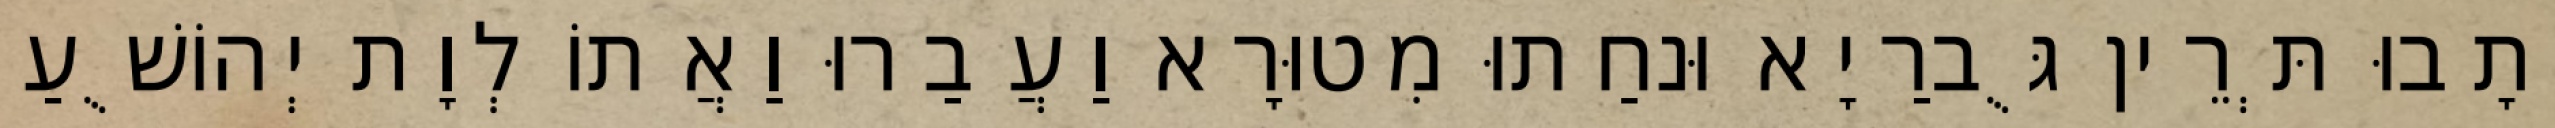
וְתָבוּ תְּרֵין גֻּברַיָא וּנחַתוּ מִטוּרָא וַעֲבַרוּ וַאֲתוֹ לְוָת יְהוֹשֻׁעַ